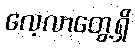
လေ့လာတွေ့ရှိ